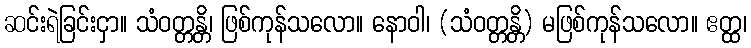
ဆင်းရဲခြင်းငှာ။ သံဝတ္တန္တိ၊ ဖြစ်ကုန်သလော။ နောဝါ၊ (သံဝတ္တန္တိ) မဖြစ်ကုန်သလော။ ဧတ္ထ၊